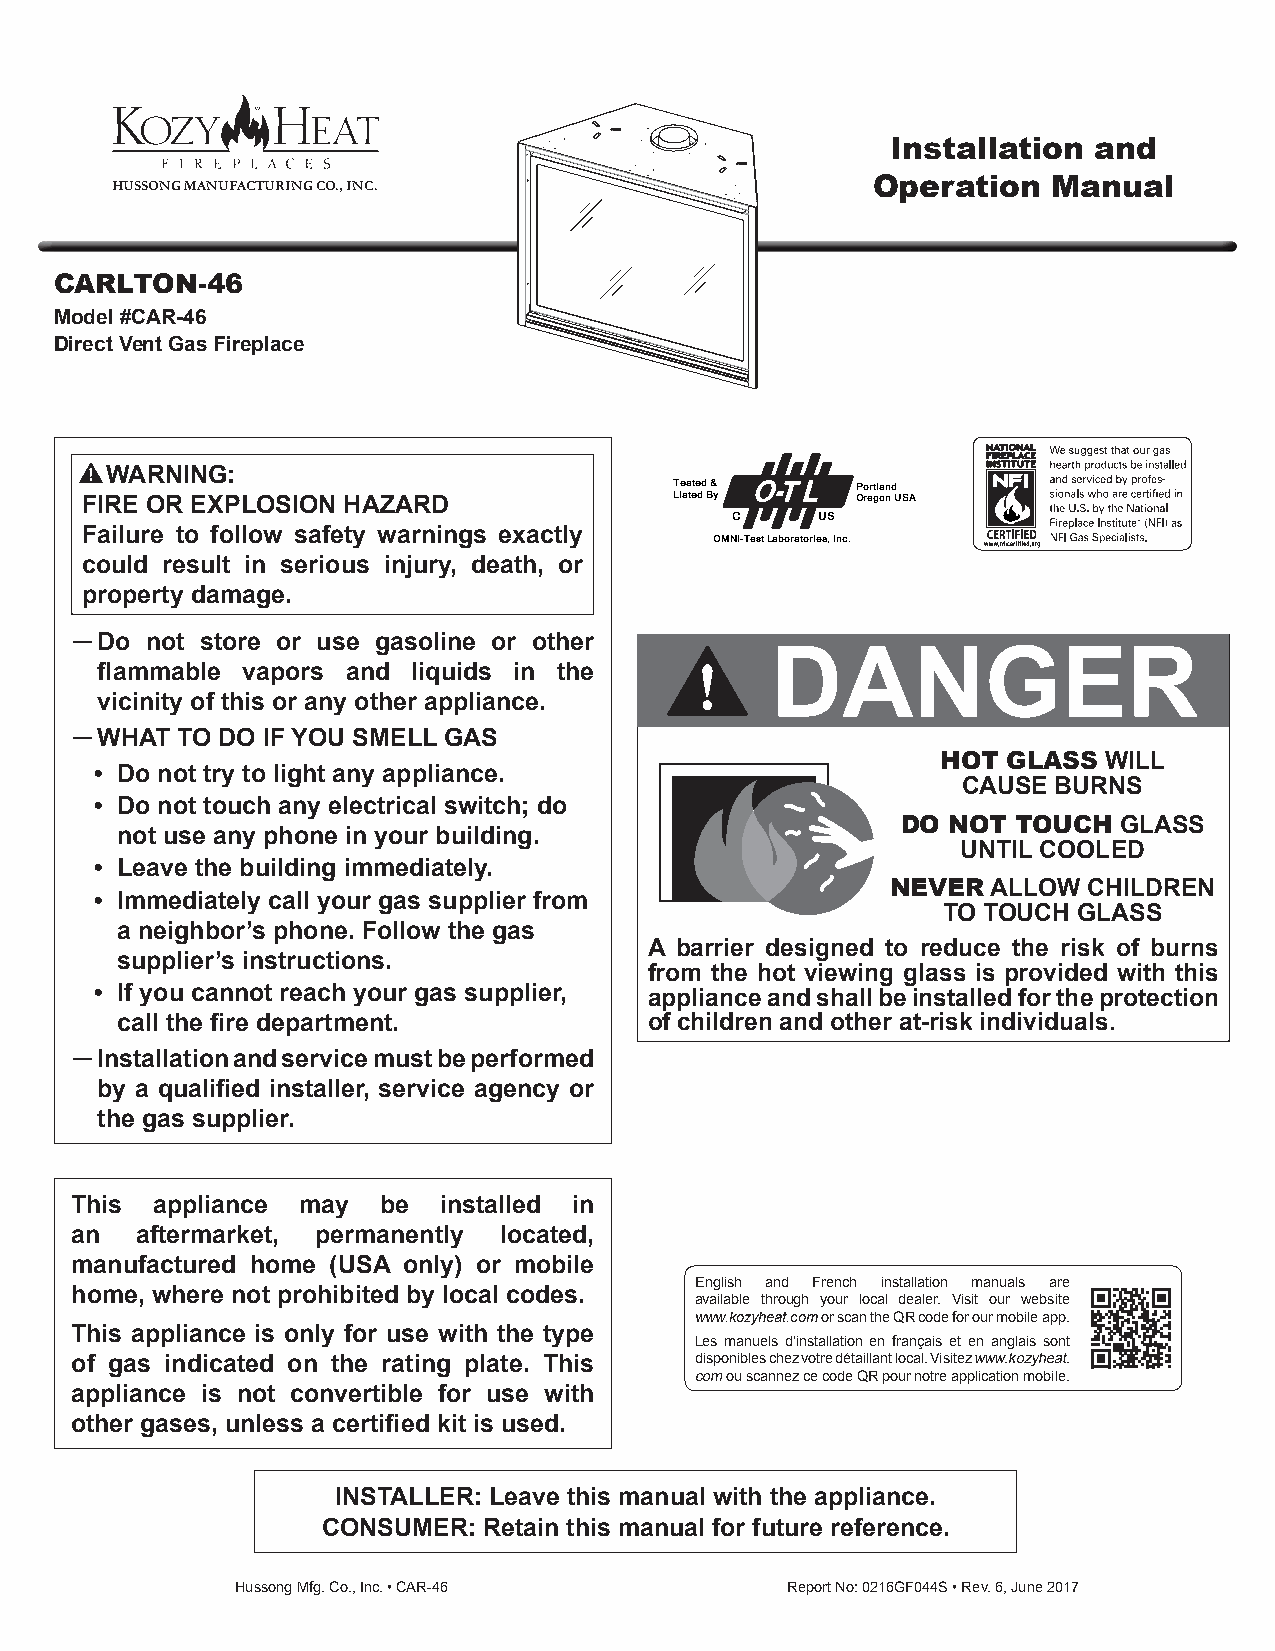
Installation and
 Operation   Manual
 HUSSONG MANUFACTURING CO., INC.
 CARLTON-46
 Model #CAR-46
 Direct Vent Gas Fireplace
 WARNING:
 Tested &    Portland
 FIRE OR EXPLOSION HAZARD                Listed By   Oregon USA
 C     US
 Failure to follow safety warnings exactly
 OMNI-Test Laboratories, Inc.
 could result in serious injury, death, or
 property damage.
 ͷ Do not store or use gasoline or other
 DANGER
 flammable vapors and liquids in the
 vicinity of this or any other appliance.
 ͷ WHAT TO DO IF YOU SMELL GAS
 HOT  GLASS WILL
 • Do not try to light any appliance.
 CAUSE BURNS
 • Do not touch any electrical switch; do
 DO NOT TOUCH  GLASS
 not use any phone in your building.
 UNTIL COOLED
 • Leave the building immediately.
 NEVER  ALLOW CHILDREN
 • Immediately call your gas supplier from
 TO TOUCH GLASS
 a neighbor’s phone. Follow the gas
 A barrier designed to reduce the risk of burns
 supplier’s instructions.
 from the hot viewing glass is provided with this
 • If you cannot reach your gas supplier, appliance and shall be installed for the protection
 call the fire department.          of children and other at-risk individuals.
 ͷ Installation and service must be performed
 by a qualified installer, service agency or
 the gas supplier.
 This appliance may  be  installed in
 an  aftermarket, permanently located,
 manufactured home (USA only) or mobile
 English and French installation manuals are
 home, where not prohibited by local codes.
 available through your local dealer. Visit our website
 www.kozyheat.com or scan the QR code for our mobile app.
 This appliance is only for use with the type
 Les manuels d’installation en français et en anglais sont
 of gas indicated on the rating plate. This disponibles chez votre détaillant local. Visitez www.kozyheat.
 com ou scannez ce code QR pour notre application mobile.
 appliance is not convertible for use with
 other gases, unless a certified kit is used.
 INSTALLER: Leave this manual with the appliance.
 CONSUMER:  Retain this manual for future reference.
 Hussong Mfg. Co., Inc. • CAR-46     Report No: 0216GF044S • Rev. 6, June 2017